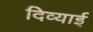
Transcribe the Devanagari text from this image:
दिव्याई